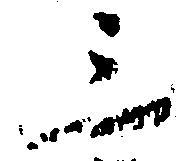
三